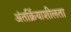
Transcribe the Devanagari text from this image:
अंतर्क्रियाशीलता